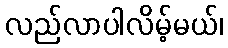
လည်လာပါလိမ့်မယ်၊